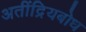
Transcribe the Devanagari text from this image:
अतींद्रियबोध